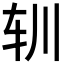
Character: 𰹳